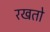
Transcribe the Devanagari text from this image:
रखतो